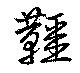
韁